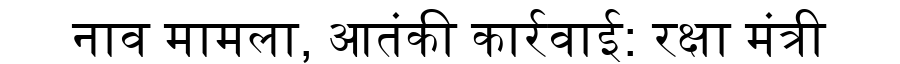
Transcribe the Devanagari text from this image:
नाव मामला, आतंकी कार्रवाई: रक्षा मंत्री